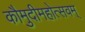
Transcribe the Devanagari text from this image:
कौमुदीमहोत्सवम्